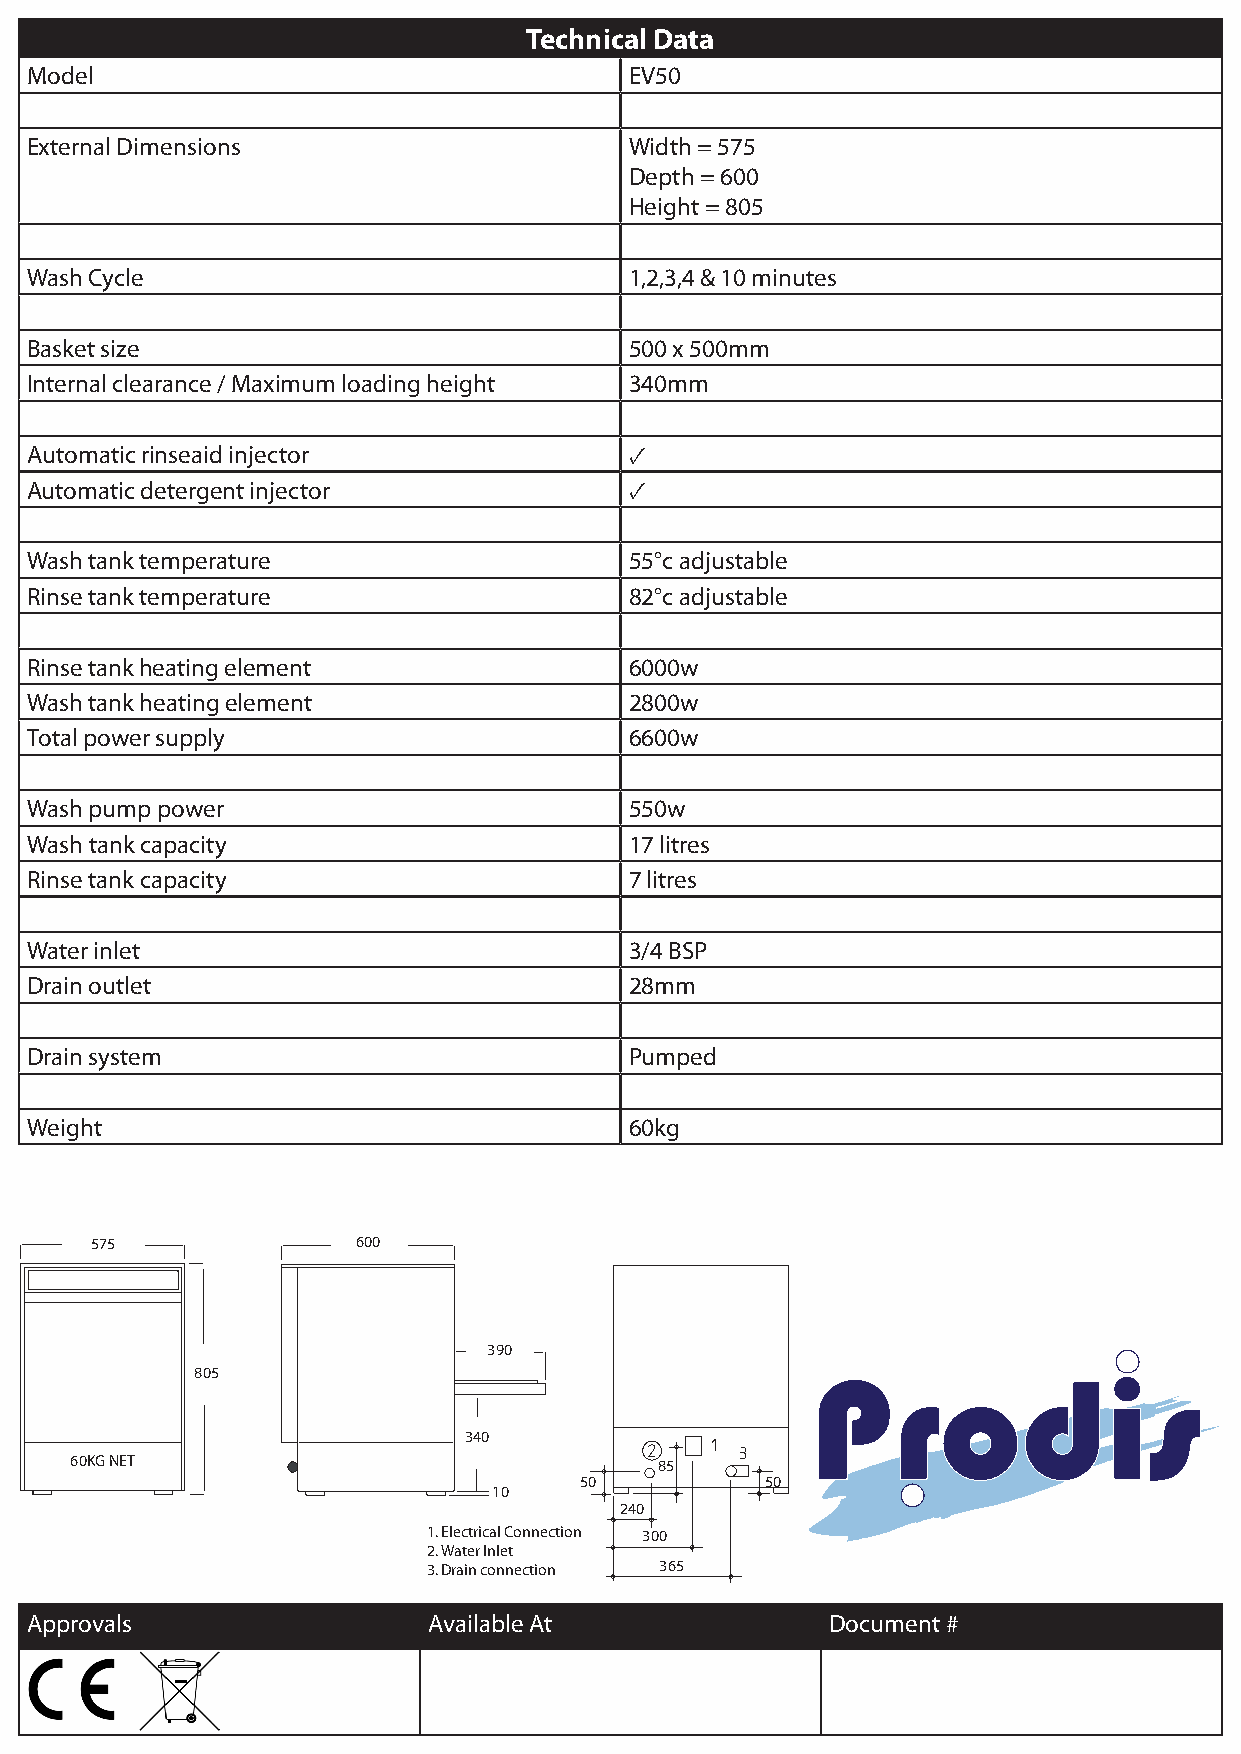
Technical Data
 Model                                   EV50
 External Dimensions                     Width = 575
 Depth = 600
 Height = 805
 Wash Cycle                              1,2,3,4 & 10 minutes
 Basket size                             500 x 500mm
 Internal clearance / Maximum loading height 340mm
 Automatic rinseaid injector             ✓
 Automatic detergent injector            ✓
 Wash tank temperature                   55°c adjustable
 Rinse tank temperature                  82°c adjustable
 Rinse tank heating element              6000w
 Wash tank heating element               2800w
 Total power supply                      6600w
 Wash pump power                         550w
 Wash tank capacity                      17 litres
 Rinse tank capacity                     7 litres
 Water inlet                             3/4 BSP
 Drain outlet                            28mm
 Drain system                            Pumped
 Weight                                  60kg
 575               600
 390
 805
 340
 60KG NET                               85
 50           50
 10
 240
 1. Electrical Connection 300
 2. Water Inlet
 3. Drain connection 365
 Approvals                 Available At               Document #